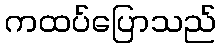
ကထပ်ပြောသည်